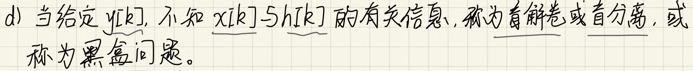
d) 当给定$y[k]$，不知$x[k]$与$h[k]$的有关信息，称为盲解卷或盲分离，或
称为黑盒问题。